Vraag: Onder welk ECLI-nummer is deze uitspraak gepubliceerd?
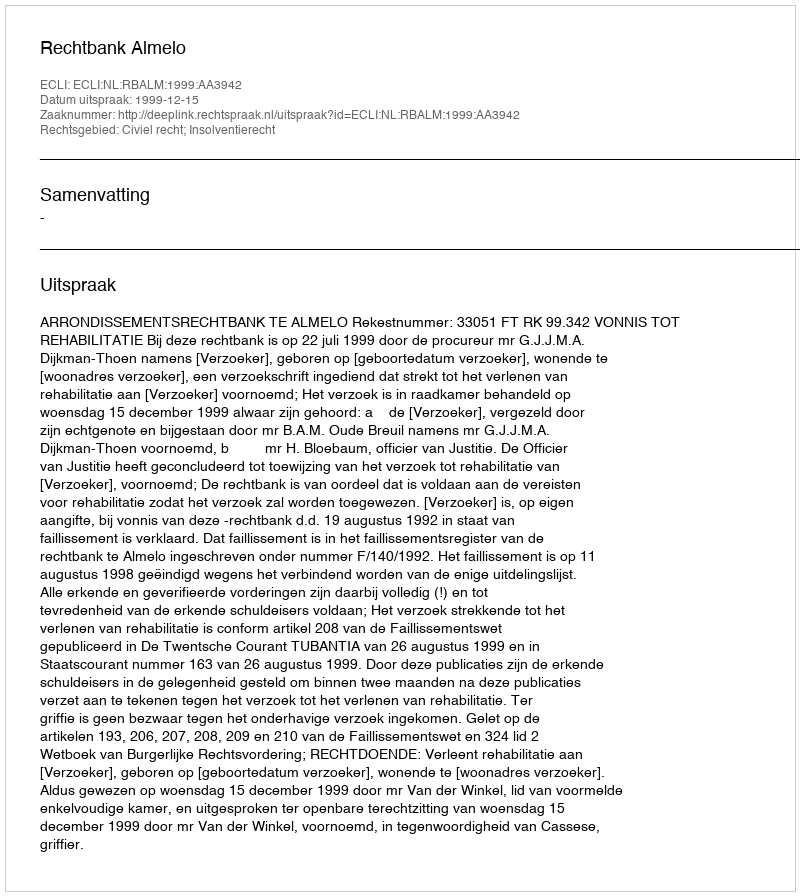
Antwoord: ECLI:NL:RBALM:1999:AA3942